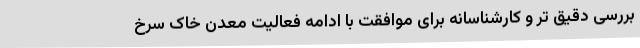
بررسی دقیق تر و کارشناسانه برای موافقت با ادامه فعالیت معدن خاک سرخ